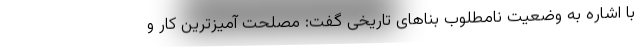
با اشاره به وضعیت نامطلوب بناهای تاریخی گفت: مصلحت آمیزترین کار و